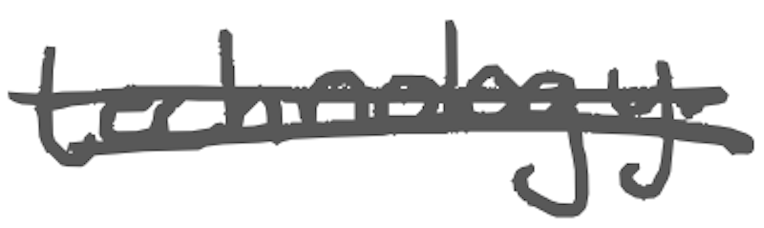
Text: technology.
Cross-out: double-line
Writing tool: digital_gray